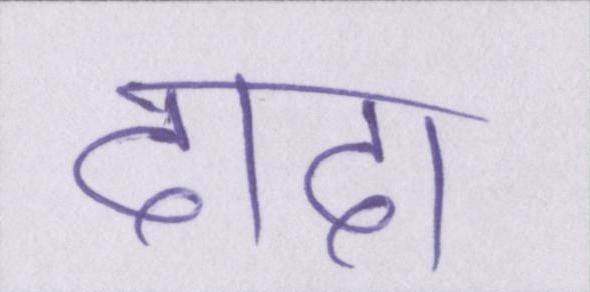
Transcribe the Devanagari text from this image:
दादा